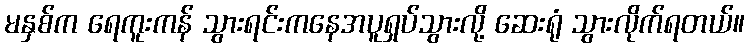
မနှစ်က ရေကူးကန် သွားရင်းကနေအပူရှပ်သွားလို့ ဆေးရုံ သွားလိုက်ရတယ်။